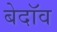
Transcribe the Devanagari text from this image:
बेदॉव